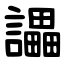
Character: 讄